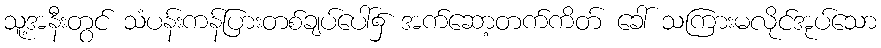
သူ့အနီးတွင် သံပန်းကန်ပြားတစ်ချပ်ပေါ်၌ အက်ဆော့တက်ကိတ် ခေါ် သကြားမလိုင်အုပ်သော